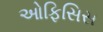
ઓફિસિસ